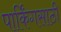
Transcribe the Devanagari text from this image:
पार्किंगसाठी